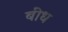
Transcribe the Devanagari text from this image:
बींध